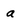
Character: a